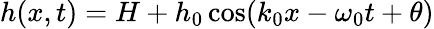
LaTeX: h(x,t)=H+h_{0}\cos(k_{0}x-\omega_{0}t+\theta)